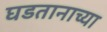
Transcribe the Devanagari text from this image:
घडतानाच्या